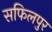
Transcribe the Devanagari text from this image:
सफिलपुर